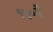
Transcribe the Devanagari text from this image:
१५०वें